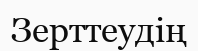
Зерттеудің